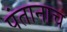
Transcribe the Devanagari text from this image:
पंतानाच